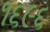
૧૬૯૬